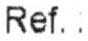
REF. :